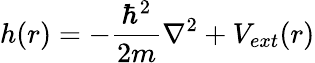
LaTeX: h(r)=-\frac{\hbar^{2}}{2m}\nabla^{2}+V_{ext}(r)